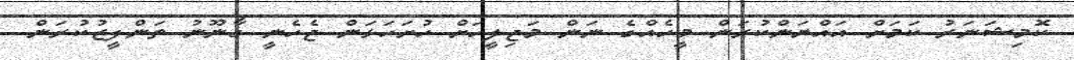
ކޮމިޝަނަރު ކަމަށް އައްޔަންކުރަން މީހެއްގެ ނަން މަޖިލީހަށް ހުށަހަޅަން ޖެހެނީ ގާނޫނު ތަންފީޒުކުރަން